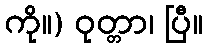
ကို။) ဝုတ္တာ၊ ပြီ။